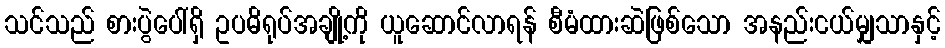
သင်သည် စားပွဲပေါ်ရှိ ဥပဓိရုပ်အချို့ကို ယူဆောင်လာရန် စီမံထားဆဲဖြစ်သော အနည်းငယ်မျှသာနှင့်